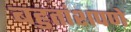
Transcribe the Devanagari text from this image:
बहुतांशपणे